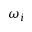
\omega _ { i }